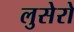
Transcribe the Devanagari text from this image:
लुसेरो